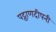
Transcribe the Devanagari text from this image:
पट्ठाणदीपनी